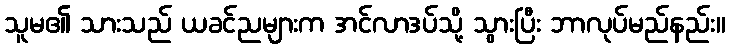
သူမ၏ သားသည် ယခင်ညများက အင်လာဒပ်သို့ သွားပြီး ဘာလုပ်မည်နည်း။